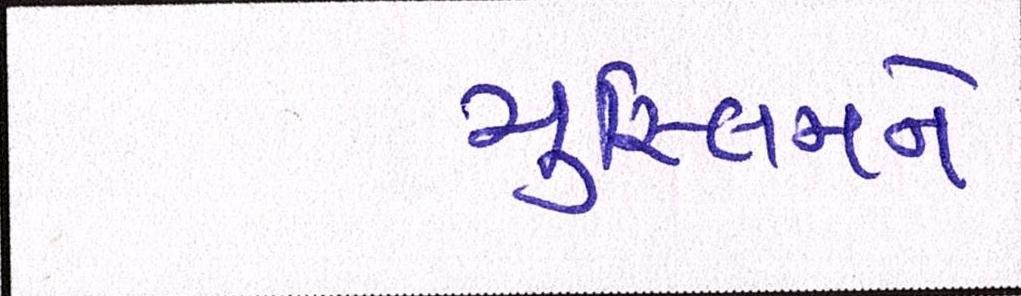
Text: મુસ્લિમને